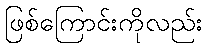
ဖြစ်ကြောင်းကိုလည်း